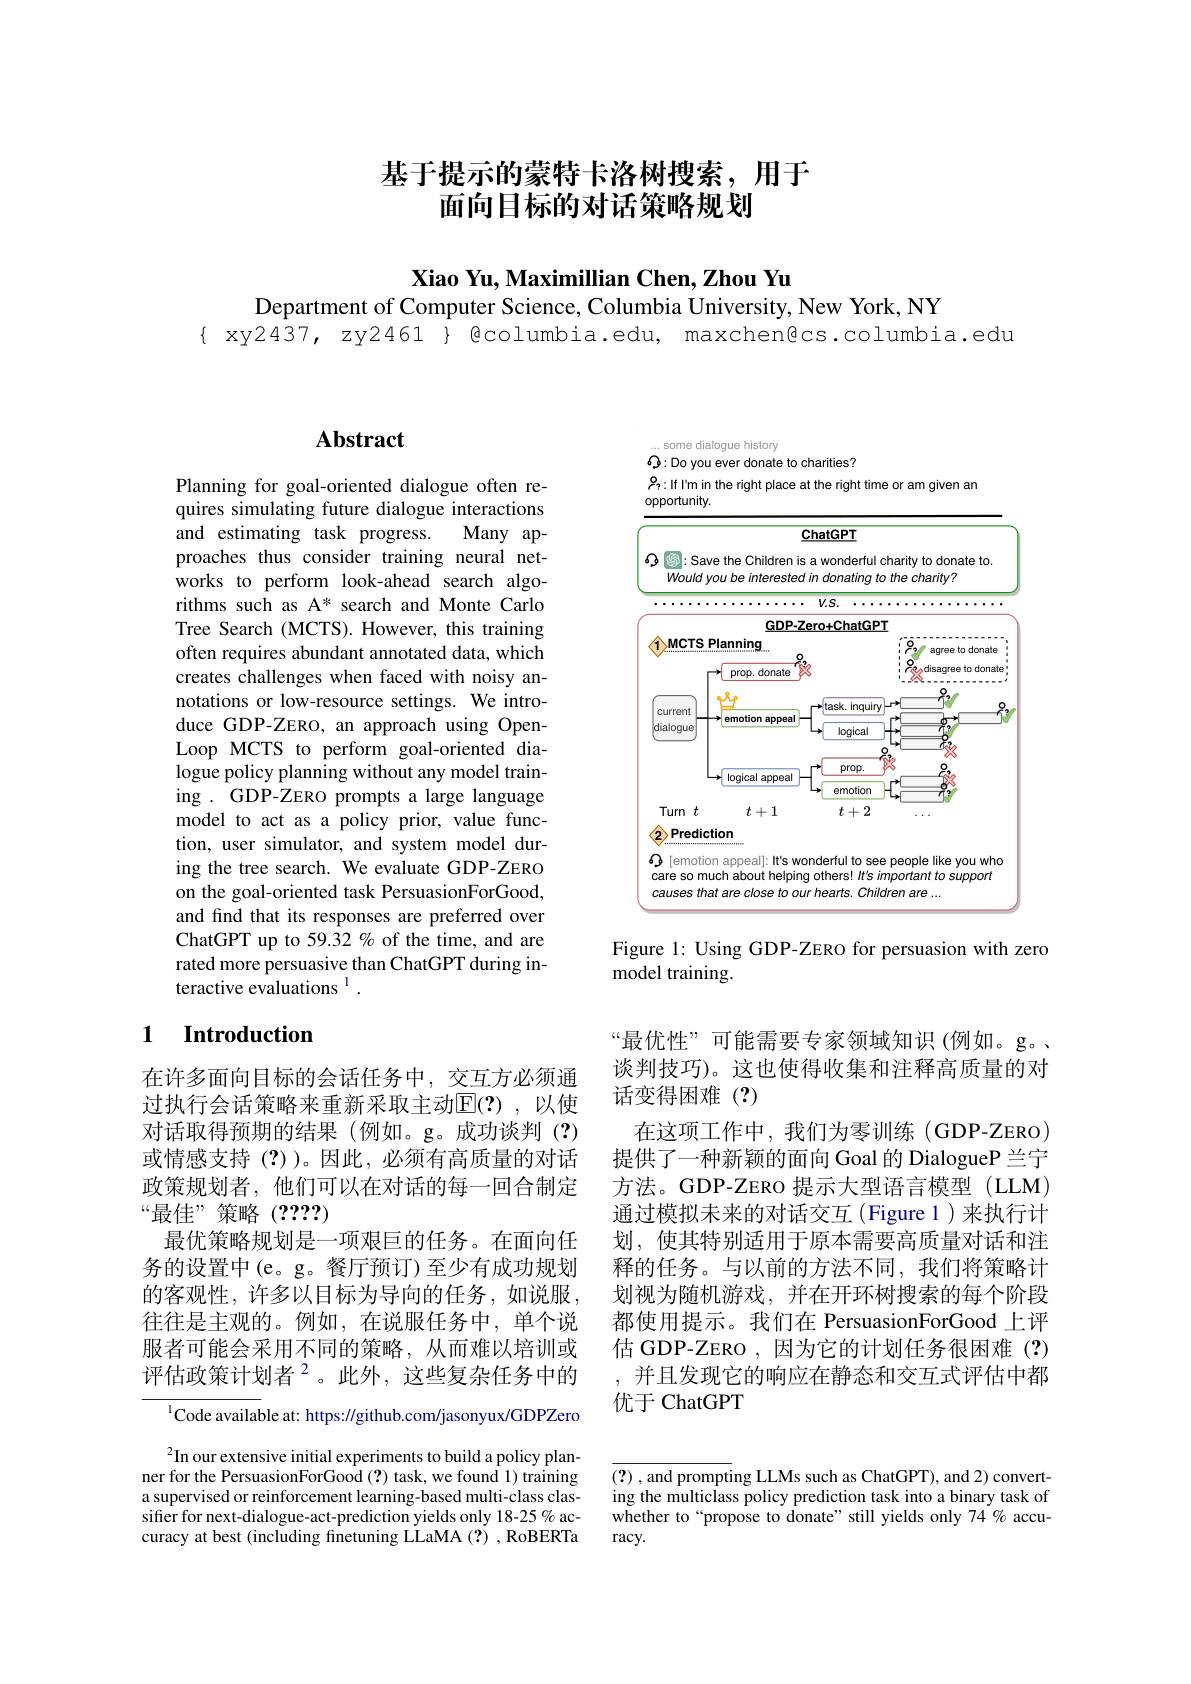
# 基于提示的蒙特卡洛树搜索，用于面向目标的对话策略规划

$\textbf{Xiao Yu, Maximillian Chen, Zhou Yu}$
Department of Computer Science, Columbia University, New York, NY

{ xy2437, zy2461 } @columbia.edu, maxchen@cs.columbia.edu

# Abstract

Planning for goal-oriented dialogue often requires simulating future dialogue interactions
Many ap-
and estimating task progress.
proaches thus consider training neural networks to perform look-ahead search algorithms such as A* search and Monte Carlo Tree Search (MCTS). However, this training often requires abundant annotated data, which creates challenges when faced with noisy annotations or low-resource settings. We introduce GDP-ZERO, an approach using OpenLoop MCTS to perform goal-oriented dialogue policy planning without any model training . GDP-ZERO prompts a large language model to act as a policy prior, value function, user simulator, and system model during the tree search. We evaluate GDP-ZERO on the goal-oriented task PersuasionForGood, and find that its responses are preferred over ChatGPT up to 59.32 % of the time, and are rated more persuasive than ChatGPT during interactive evaluations $^{\mathrm{l}}.$

## 1 $\textbf{Introduction}$

在许多面向目标的会话任务中，交互方必须通过执行会话策略来重新采取主动$\mathbb{E}(?)$,以使对话取得预期的结果(例如。g。成功谈判(?) 或情感支持(?))。因此，必须有高质量的对话政策规划者，他们可以在对话的每一回合制定“最佳”策略(????)
最优策略规划是一项艰巨的任务。在面向任务的设置中(e。g。餐厅预订)至少有成功规划的客观性，许多以目标为导向的任务，如说服， 往往是主观的。例如，在说服任务中，单个说服者可能会采用不同的策略，从而难以培训或评估政策计划者$^{2}$。此外，这些复杂任务中的

$^{1}$Code available at: https://github.com/jasonyux/GDPZero

$^2$In our extensive initial experiments to build a policy planner for the PersuasionForGood (?) task, we found 1) training a supervised or reinforcement learning-based multi-class classifier for next-dialogue-act-prediction yields only 18-25 % accuracy at best (including finetuning LLaMA (?) , RoBERTa

some dialogue history

$\textcircled{3}:$Do you ever donate to charities?

$\rho_{2}:$If I'm in the
time
an
<FigureHere>

Figure 1: Using GDP-ZERO for persuasion with zero
model training.

“最优性”可能需要专家领域知识(例如。g。、 谈判技巧)。这也使得收集和注释高质量的对话变得困难(?)
在这项工作中，我们为零训练(GDP-ZERO) 提供了一种新颖的面向 Goal 的 DialogueP 兰宁方法。GDP-ZERO 提示大型语言模型(LLM) 通过模拟未来的对话交互(Figure 1)来执行计划，使其特别适用于原本需要高质量对话和注释的任务。与以前的方法不同，我们将策略计划视为随机游戏，并在开环树搜索的每个阶段都使用提示。我们在 PersuasionForGood 上评估 GDP-ZERO ,因为它的计划任务很困难 (?)
并且发现它的响应在静态和交互式评估中都
优于 ChatGPT

(?) , and prompting LLMs such as ChatGPT), and 2) converting the multiclass policy prediction task into a binary task of whether to“propose to donate” still yields only 74 % accu- $racy.$